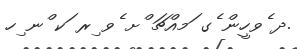
.ދ ެވހީން ެގ ަމއްޗަ ްށ ެވ ިރ ަކ ްނ ިހ